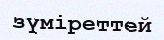
зүміреттей